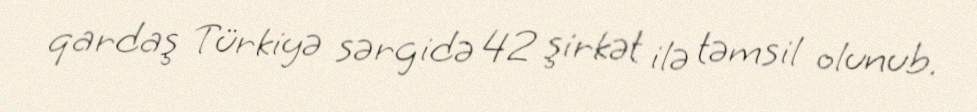
qardaş Türkiyə sərgidə 42 şirkət ilə təmsil olunub.